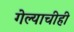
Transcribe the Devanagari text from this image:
गेल्याचीही